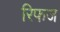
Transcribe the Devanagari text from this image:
रिफज